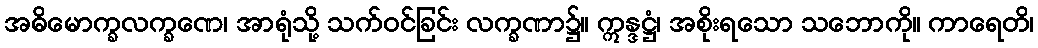
အဓိမောက္ခလက္ခဏေ၊ အာရုံသို့ သက်ဝင်ခြင်း လက္ခဏာ၌။ ဣန္ဒဋ္ဌံ၊ အစိုးရသော သဘောကို။ ကာရေတိ၊